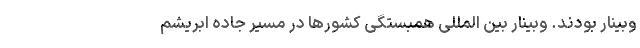
وبینار بودند. وبینار بین المللی همبستگی کشورها در مسیر جاده ابریشم